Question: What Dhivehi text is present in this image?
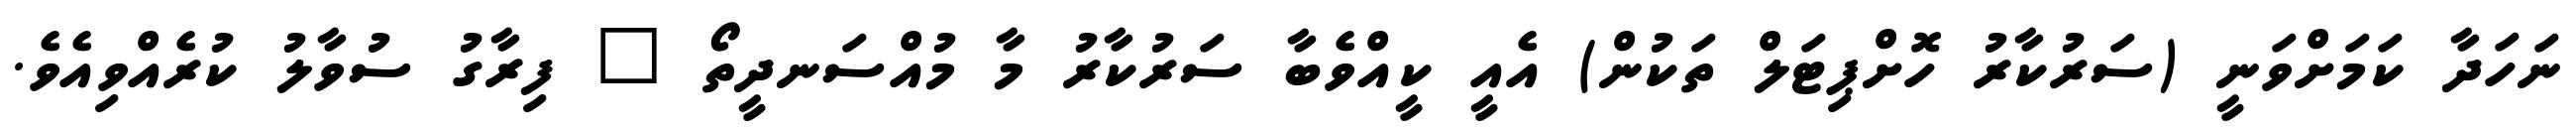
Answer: ނަހަދާ ކަމަށްވަނީ (ސަރުކާރު ހޮށްޕިޓަލް ތަކުން) އެއީ ކީއްވެބާ ސަރުކާރު މާ މުއްސަނދީތޯ " ފިރާގު ސުވާލު ކުރެއްވިއެވެ.